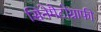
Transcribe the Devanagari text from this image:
सिनेमैटोग्राफी